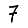
Digit: 7